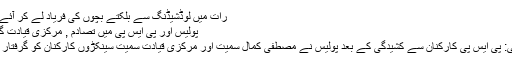
رات میں لوڈشیڈنگ سے بلکتے بچوں کی فریاد لے کر آئے تھے
پولیس اور پی ایس پی میں تصادم , مرکزی قیادت گرفتار
کراچی: پی ایس پی کارکنان سے کشیدگی کے بعد پولیس نے مصطفیٰ کمال سمیت اور مرکزی قیادت سمیت سینکڑوں کارکنان کو گرفتار کرلیا۔